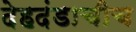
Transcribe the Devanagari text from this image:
देहदंडाचीच